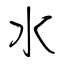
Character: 水